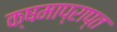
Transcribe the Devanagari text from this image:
क्षमाप्राप्त